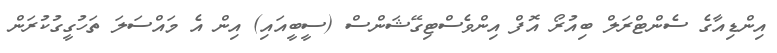
އިންޑިއާގެ ސެންޓްރަލް ބިއުރޯ އޮފް އިންވެސްޓިގޭޝަންސް (ސީބީއައި) އިން އެ މައްސަލަ ތަހުގީގުކުރަން